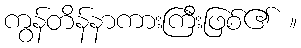
ကွန်တိန်နာကားကြီးဖြစ်၏ ။